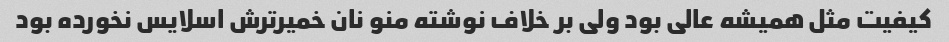
کیفیت مثل همیشه عالی بود ولی بر خلاف نوشته منو نان خمیرترش اسلایس نخورده بود